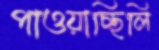
পাওয়াচ্ছিলি